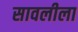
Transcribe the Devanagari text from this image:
सावलीला